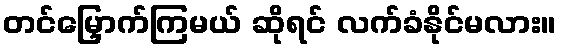
တင်မြှောက်ကြမယ် ဆိုရင် လက်ခံနိုင်မလား။